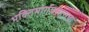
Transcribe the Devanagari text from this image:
भक्तिमार्गप्रसाराचा